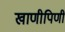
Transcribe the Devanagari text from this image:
खाणीपिणी